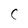
Character: C